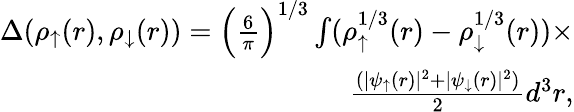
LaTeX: \begin{array}{r}{\Delta(\rho_{\uparrow}(r),\rho_{\downarrow}(r))=\Big(\frac{6}{\pi}\Big)^{1/3}\int(\rho_{\uparrow}^{1/3}(r)-\rho_{\downarrow}^{1/3}(r))\times}\\ {\frac{(|\psi_{\uparrow}(r)|^{2}+|\psi_{\downarrow}(r)|^{2})}{2}d^{3}r,}\end{array}